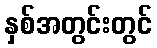
နှစ်အတွင်းတွင်